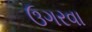
ઉગરવા